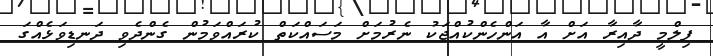
ފިލްމީ ދާއިރާ އަށް އާ އަންހެންކުއްޖަކު ނެރުމަށް މަސައްކަތް ކުރައްވަމުން ގެންދެވި ދަނޑިވަޅެއްގަ